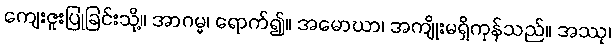
ကျေးဇူးပြုခြင်းသို့။ အာဂမ္မ၊ ရောက်၍။ အမောဃာ၊ အကျိုးမရှိကုန်သည်။ အဿု၊